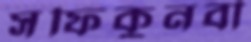
সফিকুনবী